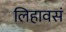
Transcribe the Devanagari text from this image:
लिहावसं